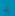
إذا